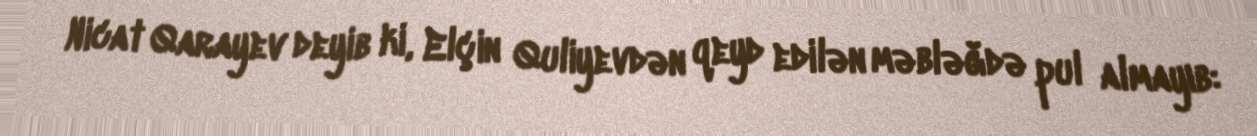
Nicat Qarayev deyib ki, Elçin Quliyevdən qeyd edilən məbləğdə pul almayıb: